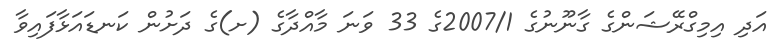
އަދި އިމިގްރޭޝަންގެ ގާނޫނުގެ 2007/1ގެ 33 ވަނަ މާއްދާގެ (ށ)ގެ ދަށުން ކަނޑައަޅާފައިވާ